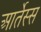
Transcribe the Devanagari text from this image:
आर्तेस्स